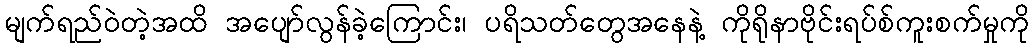
မျက်ရည်ဝဲတဲ့အထိ အပျော်လွန်ခဲ့ကြောင်း၊ ပရိသတ်တွေအနေနဲ့ ကိုရိုနာဗိုင်းရပ်စ်ကူးစက်မှုကို